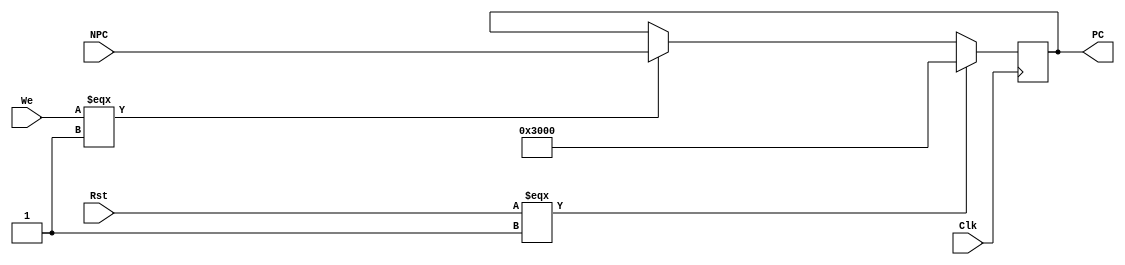
`define PCINITIAL 32'h0000_3000
module PC #(parameter  WIDTH = 32)
          (Clk,Rst,We,NPC,PC);

    input Clk,Rst,We;
    input [WIDTH-1:0] NPC;
    output reg[WIDTH-1:0] PC;

    always @(posedge Clk) begin
        if (Rst === 1) begin
            PC = `PCINITIAL; 
        end
        else if( We === 1 )begin
            PC = NPC;
        end
    end

 endmodule